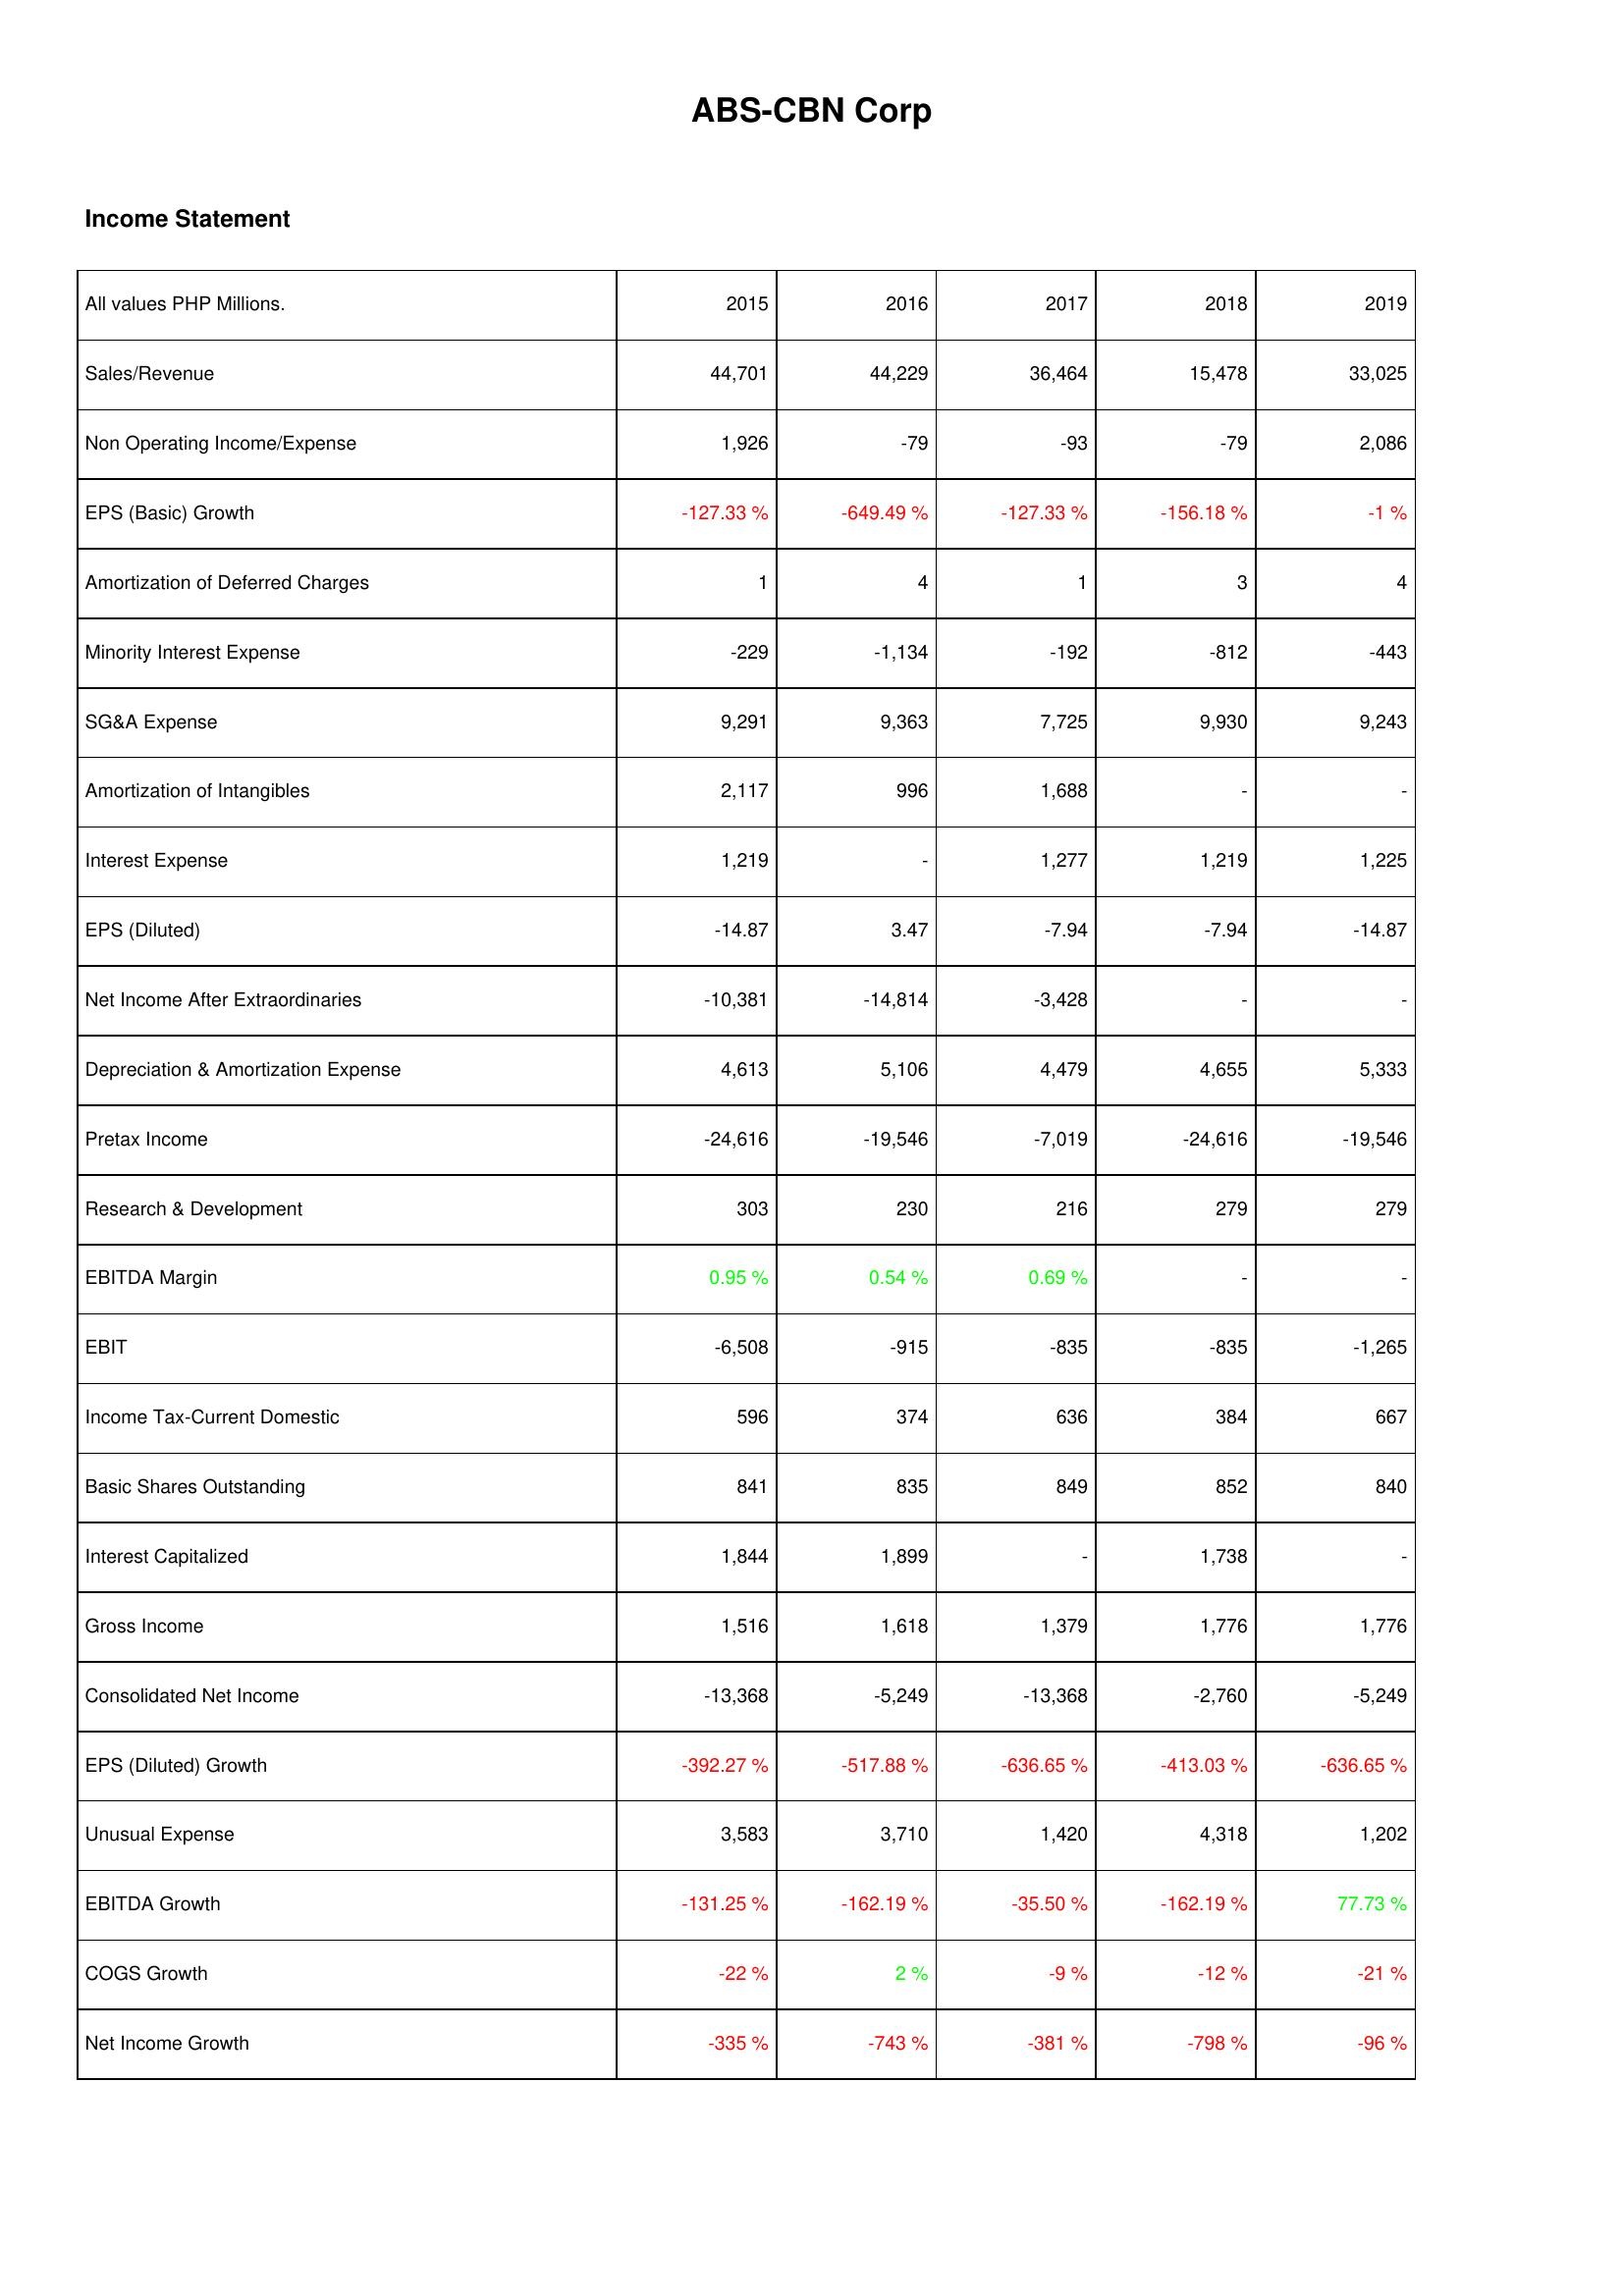
2015: Income Statement: Sales/Revenue: 44,701
Non Operating Income/Expense: 1,926
EPS (Basic) Growth: -127.33 %
Amortization of Deferred Charges: 1
Minority Interest Expense: -229
SG&A Expense: 9,291
Amortization of Intangibles: 2,117
Interest Expense: 1,219
EPS (Diluted): -14.87
Net Income After Extraordinaries: -10,381
Depreciation & Amortization Expense: 4,613
Pretax Income: -24,616
Research & Development: 303
EBITDA Margin: 0.95 %
EBIT: -6,508
Income Tax-Current Domestic: 596
Basic Shares Outstanding: 841
Interest Capitalized: 1,844
Gross Income: 1,516
Consolidated Net Income: -13,368
EPS (Diluted) Growth: -392.27 %
Unusual Expense: 3,583
EBITDA Growth: -131.25 %
COGS Growth: -22 %
Net Income Growth: -335 %
2016: Income Statement: Sales/Revenue: 44,229
Non Operating Income/Expense: -79
EPS (Basic) Growth: -649.49 %
Amortization of Deferred Charges: 4
Minority Interest Expense: -1,134
SG&A Expense: 9,363
Amortization of Intangibles: 996
Interest Expense: -
EPS (Diluted): 3.47
Net Income After Extraordinaries: -14,814
Depreciation & Amortization Expense: 5,106
Pretax Income: -19,546
Research & Development: 230
EBITDA Margin: 0.54 %
EBIT: -915
Income Tax-Current Domestic: 374
Basic Shares Outstanding: 835
Interest Capitalized: 1,899
Gross Income: 1,618
Consolidated Net Income: -5,249
EPS (Diluted) Growth: -517.88 %
Unusual Expense: 3,710
EBITDA Growth: -162.19 %
COGS Growth: 2 %
Net Income Growth: -743 %
2017: Income Statement: Sales/Revenue: 36,464
Non Operating Income/Expense: -93
EPS (Basic) Growth: -127.33 %
Amortization of Deferred Charges: 1
Minority Interest Expense: -192
SG&A Expense: 7,725
Amortization of Intangibles: 1,688
Interest Expense: 1,277
EPS (Diluted): -7.94
Net Income After Extraordinaries: -3,428
Depreciation & Amortization Expense: 4,479
Pretax Income: -7,019
Research & Development: 216
EBITDA Margin: 0.69 %
EBIT: -835
Income Tax-Current Domestic: 636
Basic Shares Outstanding: 849
Interest Capitalized: -
Gross Income: 1,379
Consolidated Net Income: -13,368
EPS (Diluted) Growth: -636.65 %
Unusual Expense: 1,420
EBITDA Growth: -35.50 %
COGS Growth: -9 %
Net Income Growth: -381 %
2018: Income Statement: Sales/Revenue: 15,478
Non Operating Income/Expense: -79
EPS (Basic) Growth: -156.18 %
Amortization of Deferred Charges: 3
Minority Interest Expense: -812
SG&A Expense: 9,930
Amortization of Intangibles: -
Interest Expense: 1,219
EPS (Diluted): -7.94
Net Income After Extraordinaries: -
Depreciation & Amortization Expense: 4,655
Pretax Income: -24,616
Research & Development: 279
EBITDA Margin: -
EBIT: -835
Income Tax-Current Domestic: 384
Basic Shares Outstanding: 852
Interest Capitalized: 1,738
Gross Income: 1,776
Consolidated Net Income: -2,760
EPS (Diluted) Growth: -413.03 %
Unusual Expense: 4,318
EBITDA Growth: -162.19 %
COGS Growth: -12 %
Net Income Growth: -798 %
2019: Income Statement: Sales/Revenue: 33,025
Non Operating Income/Expense: 2,086
EPS (Basic) Growth: -1 %
Amortization of Deferred Charges: 4
Minority Interest Expense: -443
SG&A Expense: 9,243
Amortization of Intangibles: -
Interest Expense: 1,225
EPS (Diluted): -14.87
Net Income After Extraordinaries: -
Depreciation & Amortization Expense: 5,333
Pretax Income: -19,546
Research & Development: 279
EBITDA Margin: -
EBIT: -1,265
Income Tax-Current Domestic: 667
Basic Shares Outstanding: 840
Interest Capitalized: -
Gross Income: 1,776
Consolidated Net Income: -5,249
EPS (Diluted) Growth: -636.65 %
Unusual Expense: 1,202
EBITDA Growth: 77.73 %
COGS Growth: -21 %
Net Income Growth: -96 %